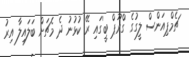
ޗެމްޕިއަންސް ލީގުގެ 'ގްރޫޕް ބީ'ގައި ރޭ ކުޅުނު ދެ މެޗަށް ބަލައިލާ އިރު